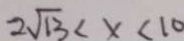
2 \sqrt { 1 3 } < x < 1 0